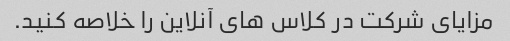
مزایای شرکت در کلاس های آنلاین را خلاصه کنید.